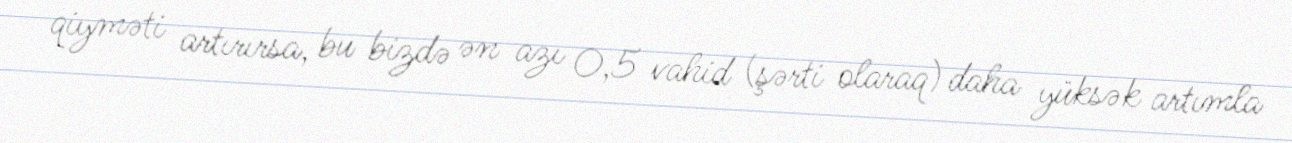
qiyməti artırırsa, bu bizdə ən azı 0,5 vahid (şərti olaraq) daha yüksək artımla